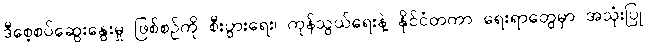
ဒီစေ့စပ်ဆွေးနွေးမှု ဖြစ်စဉ်ကို စီးပွားရေး၊ ကုန်သွယ်ရေးနဲ့ နိုင်ငံတကာ ရေးရာတွေမှာ အသုံးပြု